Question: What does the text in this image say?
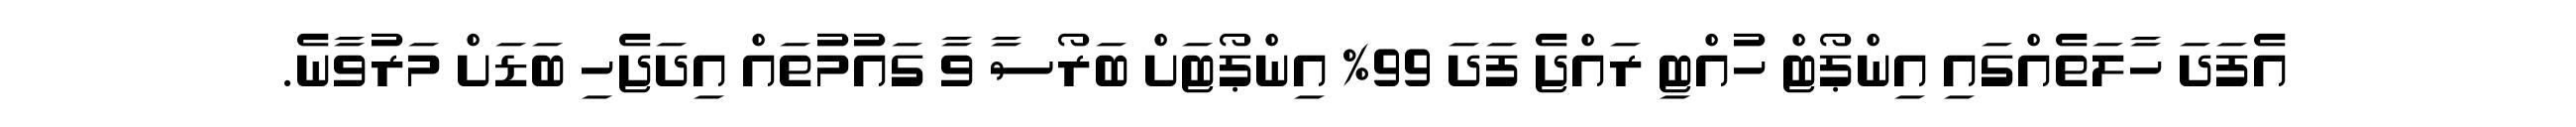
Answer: އެފަދަ ހާލަތެއްގައި އިންޕޯޓް ހުއްޓި ރައްޖެ ފަދަ 99% އިންޕޯޓަށް ބަރޯސާ ވާ ގައުމުތައް އިދަޖެހި ބަޑަށް މަރުވާނެ.